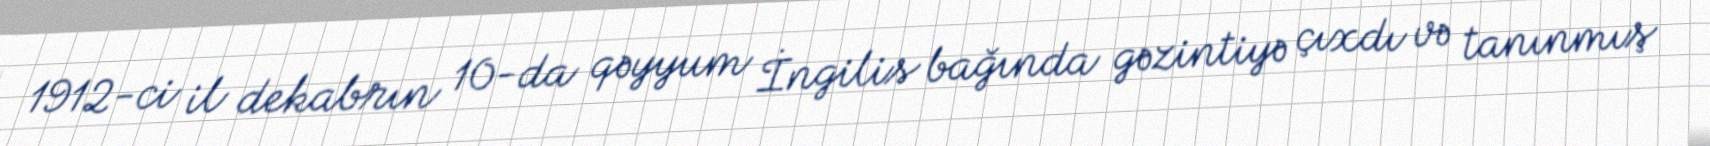
1912-ci il dekabrın 10-da qəyyum İngilis bağında gəzintiyə çıxdı və tanınmış